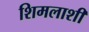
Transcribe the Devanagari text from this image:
शिमलाशी